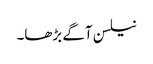
نیلسن آگے بڑھا۔